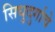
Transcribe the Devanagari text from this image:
सिधुदुर्गाचे